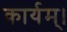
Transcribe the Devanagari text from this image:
कार्यम्।